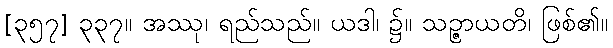
[၃၅၇] ၃၃၇။ အဿု၊ ရည်သည်။ ယဒါ၊ ၌။ သဉ္ဇာယတိ၊ ဖြစ်၏။